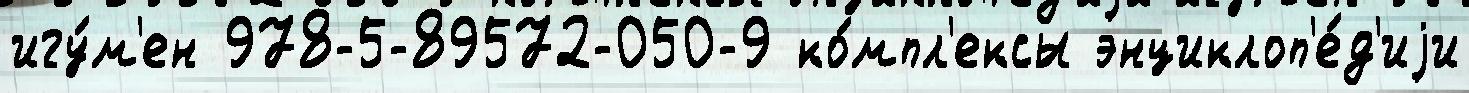
игу́м'ен 978-5-89572-050-9 ко́мпл'ексы энциклоп'е́д'иjи